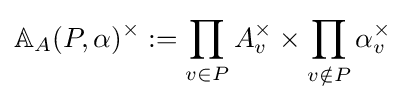
\mathbb {A} _{A}(P,\alpha )^{\times }:=\prod _{v\in P}A_{v}^{\times }\times \prod _{v\notin P}\alpha _{v}^{\times }